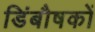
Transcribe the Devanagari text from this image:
डिंबौषकों